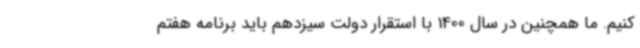
کنیم. ما همچنین در سال 1400 با استقرار دولت سیزدهم باید برنامه هفتم